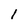
Character: I